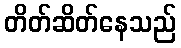
တိတ်ဆိတ်နေသည်